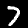
Digit: 7